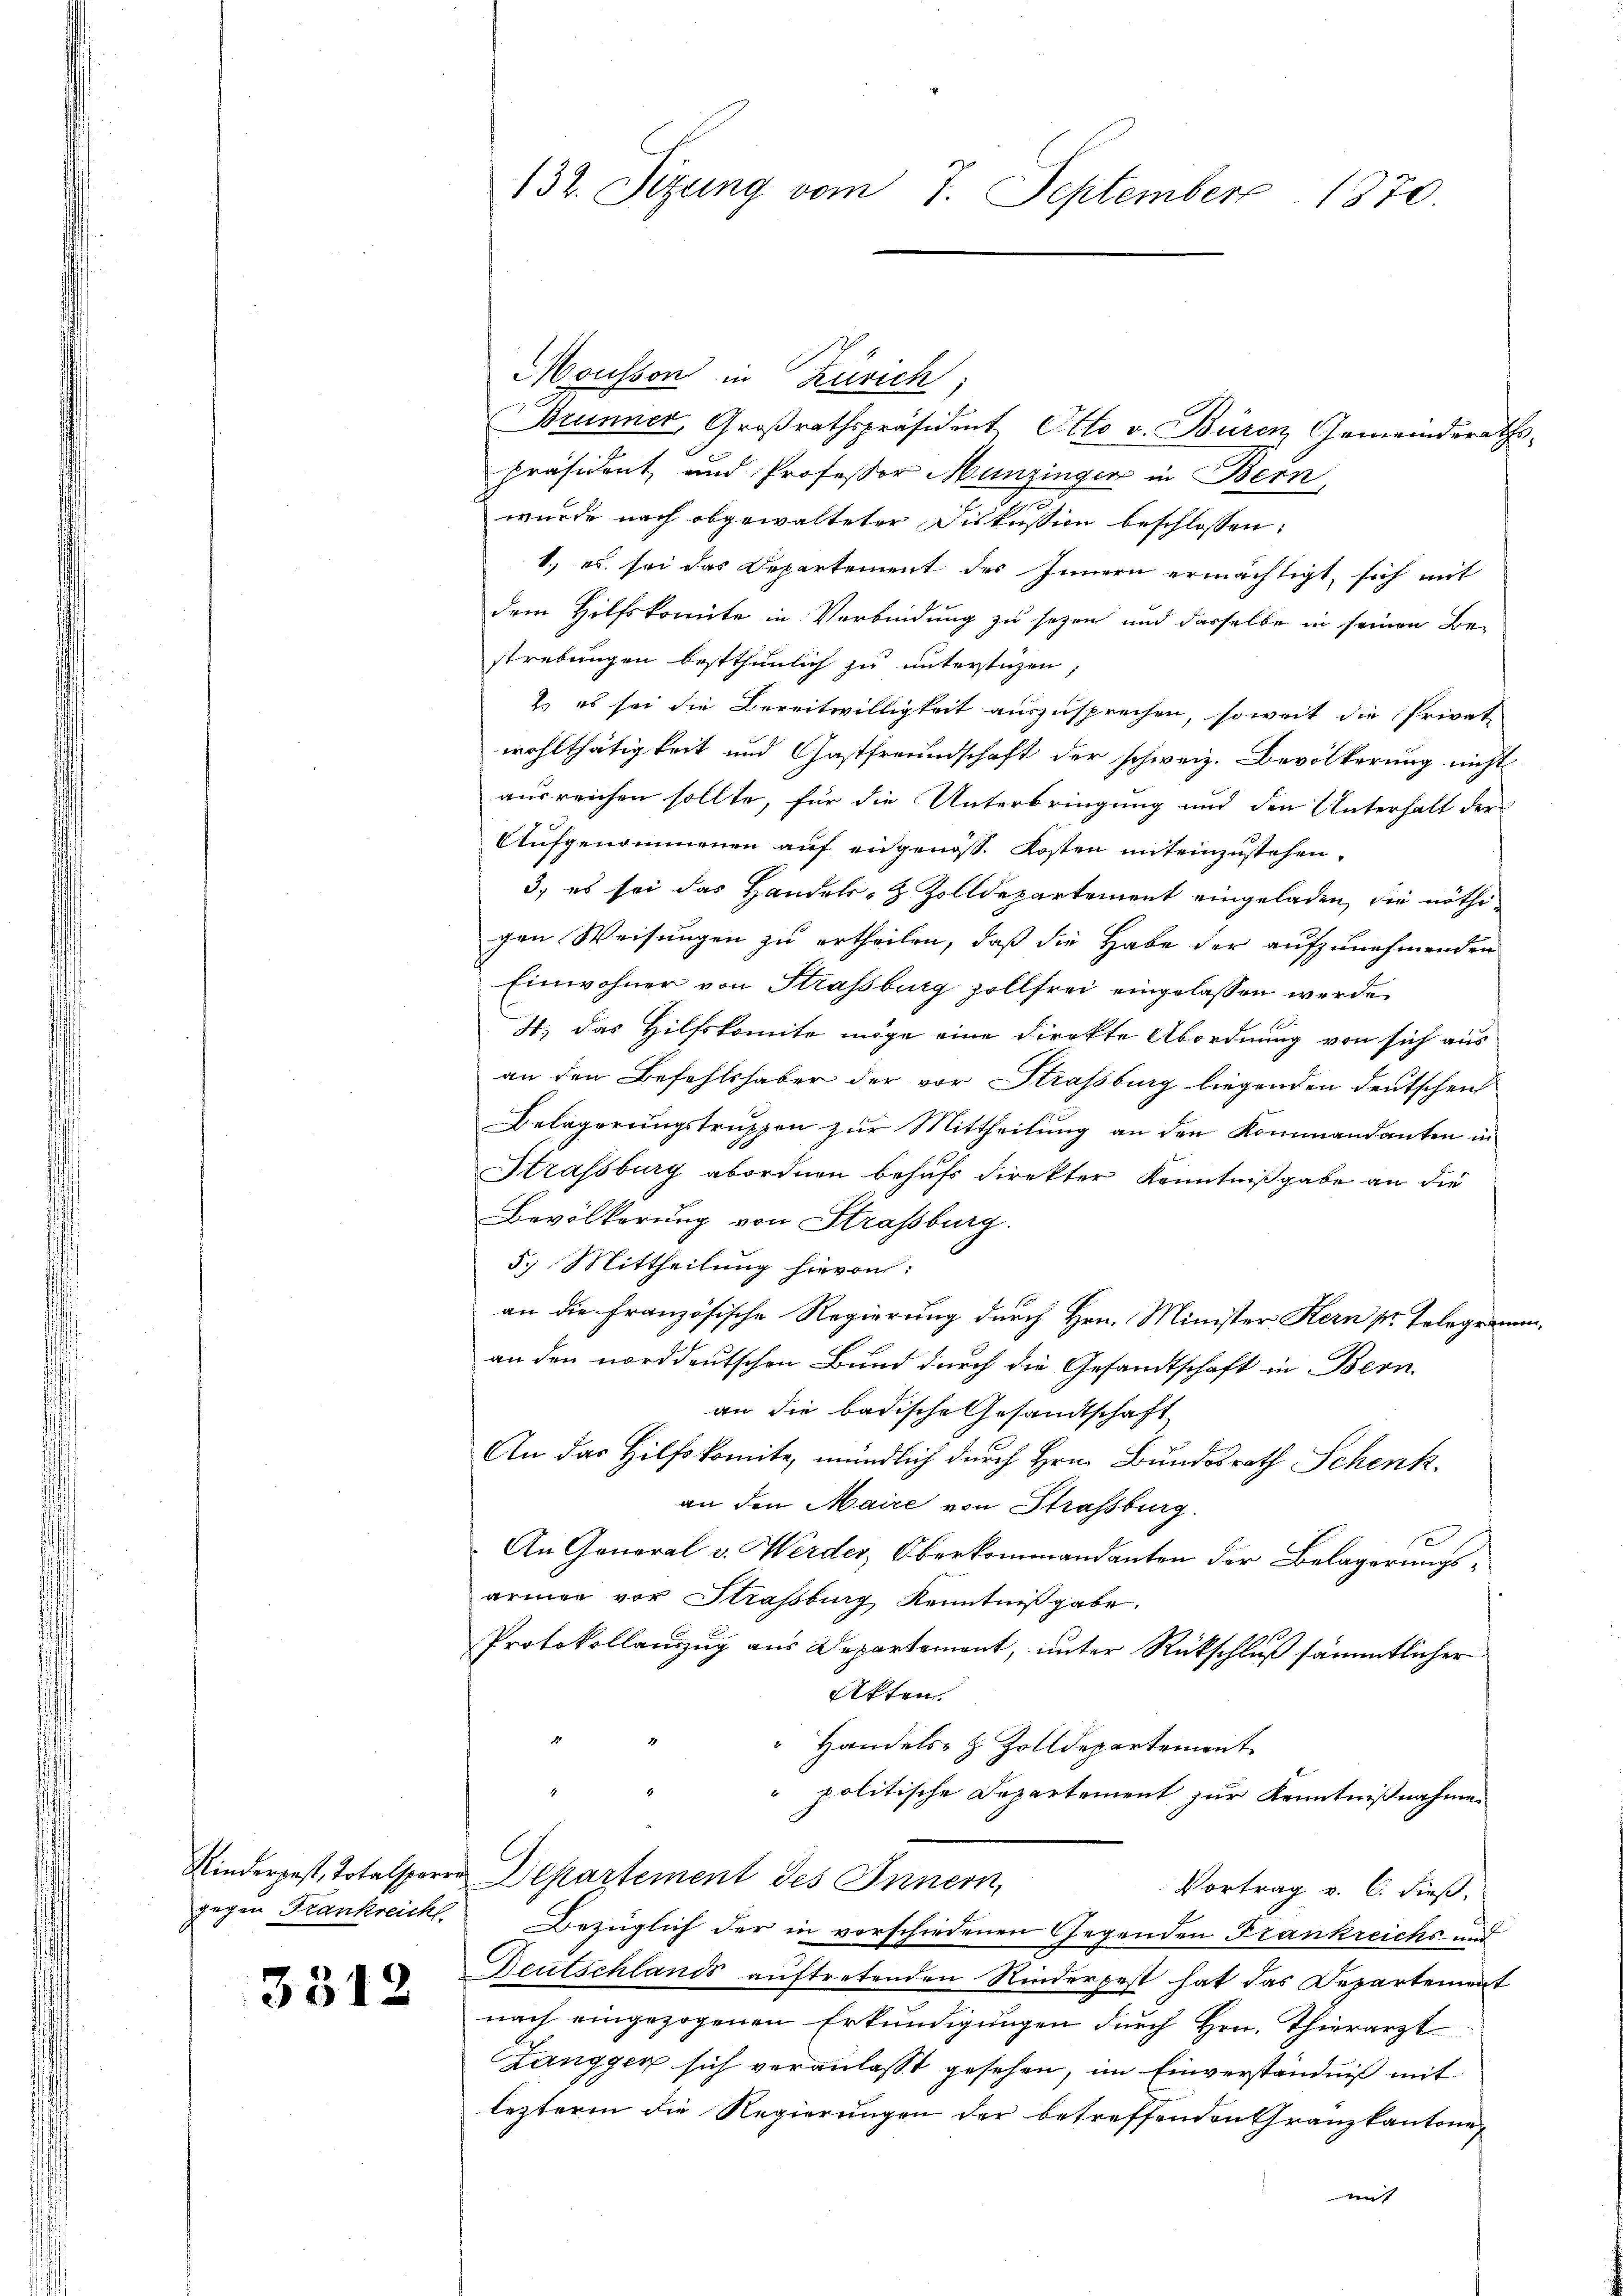
gegen Frankreicht.

3312

132. Sizung vom 7. September 1870.

Mousson in Zürich,
Brunner, Großrathspräsident Otto v. Büren Gemeinderaths-
präsident und Professor Munzinger in Bern,
wurde nach abgewalteter Diskussion beschlossen:
1.) es sei das Departement des Innern ermächtigt, sich mit
dem Hilfskomite in Verbindung zu sehen und dasselbe in seinen Bestrebungen bestthunlich zu untertigen
Es es sei die Bereitwilligkeit auszusprechen, soweit die Privat-
wohlthätigkeit und Gastfreundschaft der schweiz. Bevölkerung nicht
ausreichen sollte, für die Unterbringung und den Unterhalt der
Aufgenommenen auf eingenöss. Kosten miteinzustehen.
3. es sei das Handels- & Zolldepartement eingeladen, die nöthigen Weisungen zu ertheilen, daß die Habe der aufzunehmenden
Einwohner von Strassburg zollfrei eingelassen werde.
4; das Hilfskomite möge eine direkte Abordnung von sich aus
an den Befehlshaber der vor Strassburg liegenden Deutschen
Belegerungstruppen zur Mittheilung an den Kommandanten in
Strassburg abordnen behufs direkter Kenntnißgabe an die
Bevölkerung von Strassburg.
5. Mittheilung hievon:
an die Französische Regierung durch Hrn. Minister Kern pr. Telegraman den norddeutschen Bund durch die Gesandtschaft in Bern
an die badische Gesandtschaft
An das Hilfskomite, mündlich durch Hrn. Bundesrath Schenk.
an den Maire von Strassburg.
An General v. Werder, Oberkommandanten der Belagerungsarmen vor Strassburg Kenntnißgabe.
Protokollauszug aus Departemont, unter Rückschluß sämmtlicher
Akten.
" Handels- & Zolldepartement
 politische Departement zur Kenntnißnahme.
Kinderpest, Totalsperre Departement des Innern,
Vortrag v. C. dieß,
Bezüglich der in vorschiedenen Gegenden Frankreichs- und
Deutschlands auftretenden Kinderpest hat das Departement
nach eingezogenen Erkundigungen durch Hrn. Thierarzt
Zanggen sich veranlasst gesehen, im Einverständniß mit
lezteren die Regierungen der betreffenden Granzkantone